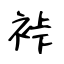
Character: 裃